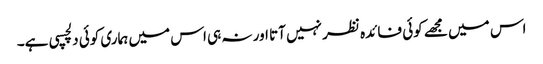
اس میں مجھے کوئی فائدہ نظر نہیں آتا اور نہ ہی اس میں ہماری کوئی دلچسپی ہے۔